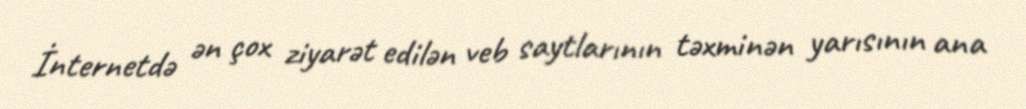
İnternetdə ən çox ziyarət edilən veb saytlarının təxminən yarısının ana